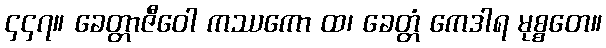
၄၄၇။ ခေတ္တာဇီဝေါ ကဿကော ထ၊ ခေတ္တံ ကေဒါရ မုစ္စတေ။